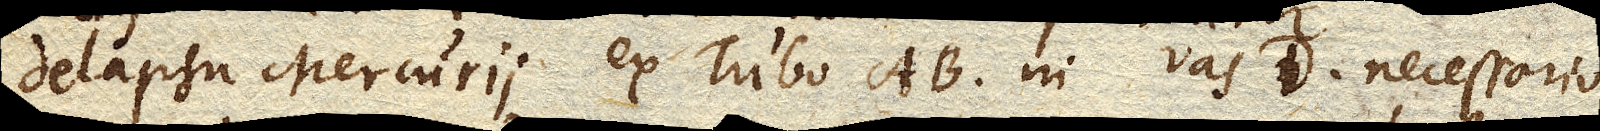
delapsu Mercurii ex Tubo AB. in vas D. necessario